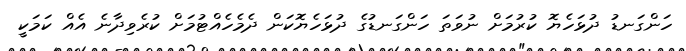
ހަންގަނޑު ދުޅަހެޔޮ ކުރުމަށް ނުވަތަ ހަންގަނޑުގެ ދުޅަހެޔޮކަން ދެމެހެއްޓުމަށް ކުރެވިދާނެ އެއް ކަމަކީ